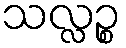
သလ္လဉ္စ